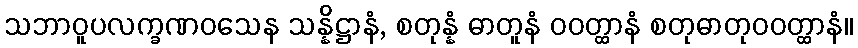
သဘာဝူပလက္ခဏဝသေန သန္နိဋ္ဌာနံ, စတုန္နံ ဓာတူနံ ဝဝတ္ထာနံ စတုဓာတုဝဝတ္ထာနံ။